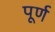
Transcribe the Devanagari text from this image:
पूर्ण